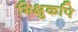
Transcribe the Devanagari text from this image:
भिक्षुकपि